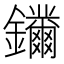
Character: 𨰛